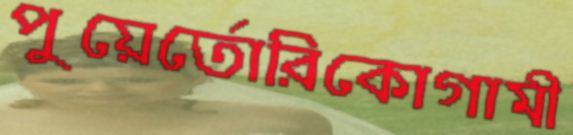
পুয়ের্তোরিকোগামী